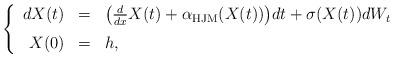
LaTeX: \begin{align*}\left\{\begin{array}{rcl}dX(t) & = & \big( \frac{d}{dx} X(t) + \alpha_{\rm HJM}(X(t)) \big) dt + \sigma(X(t)) dW_t \medskip\\ X(0) & = & h,\end{array}\right.\end{align*}